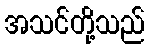
အသင်တို့သည်